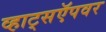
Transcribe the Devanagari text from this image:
व्हाट्सऍपवर